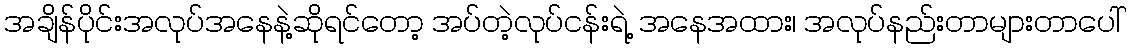
အချိန်ပိုင်းအလုပ်အနေနဲ့ဆိုရင်တော့ အပ်တဲ့လုပ်ငန်းရဲ့ အနေအထား၊ အလုပ်နည်းတာများတာပေါ်